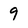
Character: 9